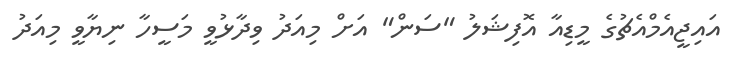
އައިޖީއެމްއެޗުގެ މީޑިއާ އޮފިޝަލު "ސަން" އަށް މިއަދު ވިދާޅުވީ މަސީހާ ނިޔާވީ މިއަދު